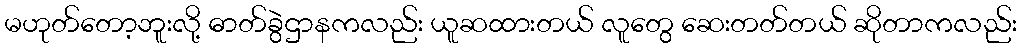
မဟုတ်တော့ဘူးလို့ ဓာတ်ခွဲဌာနကလည်း ယူဆထားတယ် လူတွေ ဆေးတတ်တယ် ဆိုတာကလည်း